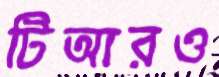
টিআরও